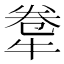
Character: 𤙻